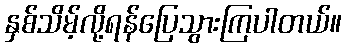
နှစ်သိမ့်လို့ရန်ပြေသွားကြပါတယ်။